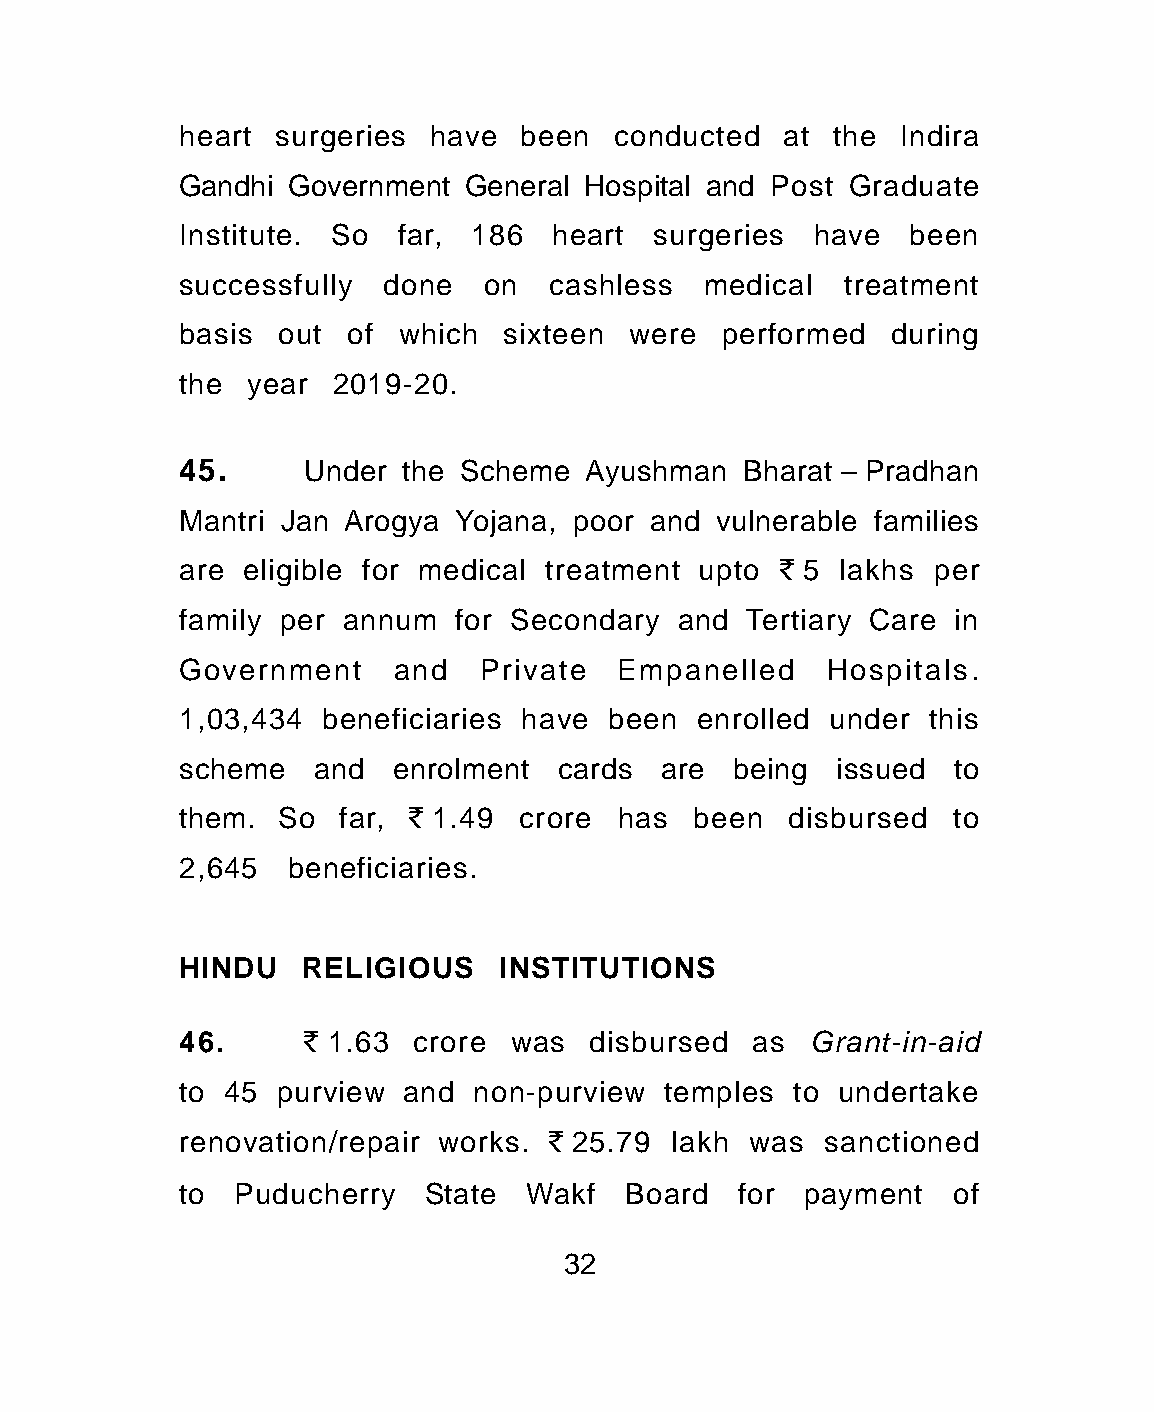
heart surgeries have  been  conducted   at the Indira
 Gandhi Government  General Hospital and Post Graduate
 Institute. So far, 186  heart  surgeries  have  been
 successfully done   on  cashless  medical   treatment
 basis out  of which  sixteen  were  performed  during
 the year  2019-20.
 45.     Under the Scheme   Ayushman  Bharat – Pradhan
 Mantri Jan Arogya Yojana, poor and vulnerable families
 are eligible for medical treatment upto ` 5 lakhs per
 family per annum  for Secondary  and Tertiary Care in
 Government    and   Private  Empanelled    Hospitals.
 1,03,434 beneficiaries have been  enrolled under this
 scheme   and  enrolment  cards  are being  issued  to
 them. So  far, ` 1.49 crore  has  been  disbursed  to
 2,645  beneficiaries.
 HINDU   RELIGIOUS    INSTITUTIONS
 46.     ` 1.63 crore  was  disbursed  as Grant-in-aid
 to 45 purview  and non-purview  temples to undertake
 renovation/repair works. ` 25.79 lakh was sanctioned
 to Puducherry   State  Wakf  Board   for payment   of
 32